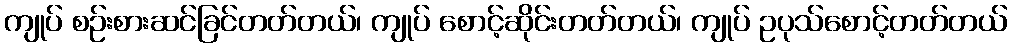
ကျုပ် စဉ်းစားဆင်ခြင်တတ်တယ်၊ ကျုပ် စောင့်ဆိုင်းတတ်တယ်၊ ကျုပ် ဥပုသ်စောင့်တတ်တယ်